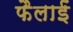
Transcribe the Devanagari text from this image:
फैलाईं